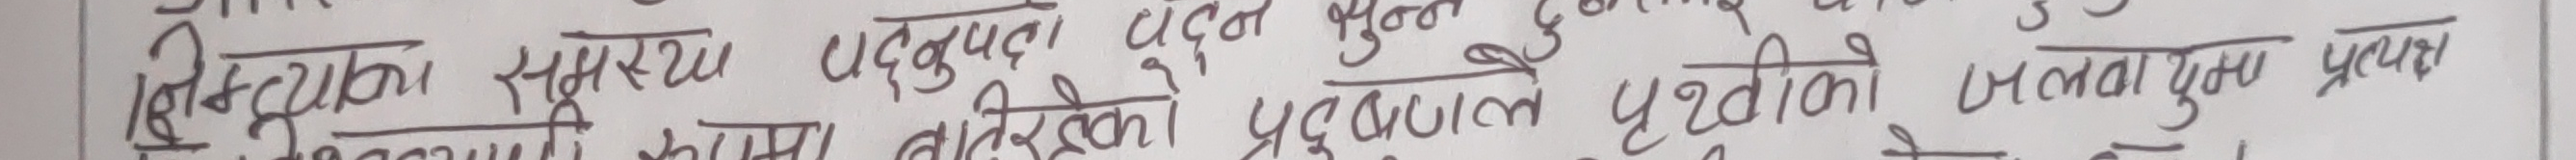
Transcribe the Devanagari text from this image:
स्थित्यका समस्या पद्बुदा जुझ्न जुन प्रष्ट पृथ्वीको जलवायूमा प्रत्यक्ष